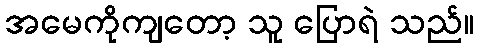
အမေကိုကျတော့ သူ ပြောရဲ သည်။